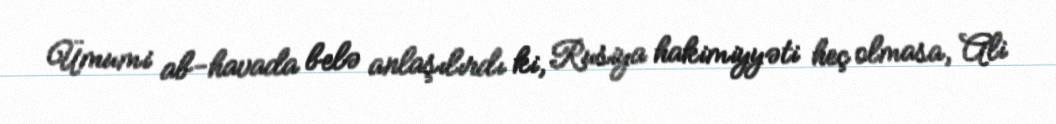
Ümumi ab-havada belə anlaşılırdı ki, Rusiya hakimiyyəti heç olmasa, Ali